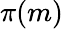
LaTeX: \pi(m)